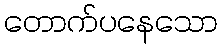
တောက်ပနေသော